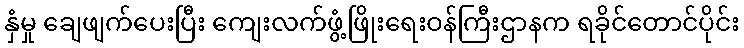
နှံမှု ချေဖျက်ပေးပြီး ကျေးလက်ဖွံ့ဖြိုးရေးဝန်ကြီးဌာနက ရခိုင်တောင်ပိုင်း